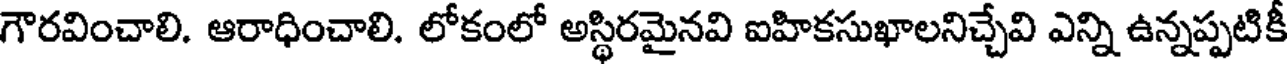
గౌరవించాలి. ఆరాధించాలి. లోకంలో అస్థిరమైనవి ఐహికసుఖాలనిచ్చేవి ఎన్ని ఉన్నప్పటికీ